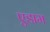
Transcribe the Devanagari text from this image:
एडाम